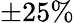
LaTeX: \pm 25\%